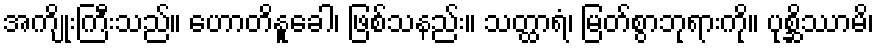
အကျိုးကြီးသည်။ ဟောတိနူခေါ၊ ဖြစ်သနည်း။ သတ္ထာရံ၊ မြတ်စွာဘုရားကို။ ပုစ္ဆိဿာမိ၊